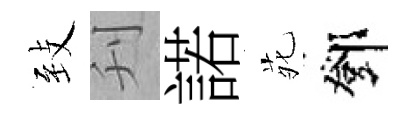
𦤺刋諾𫟍鄧